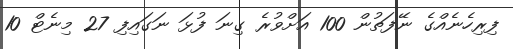
ފިރިހެނެއްގެ ނޭފަތުން 100 އަށްވުރެ ގިނަ ފުޅަ ނަގައިފި 27 މިނެޓް 10